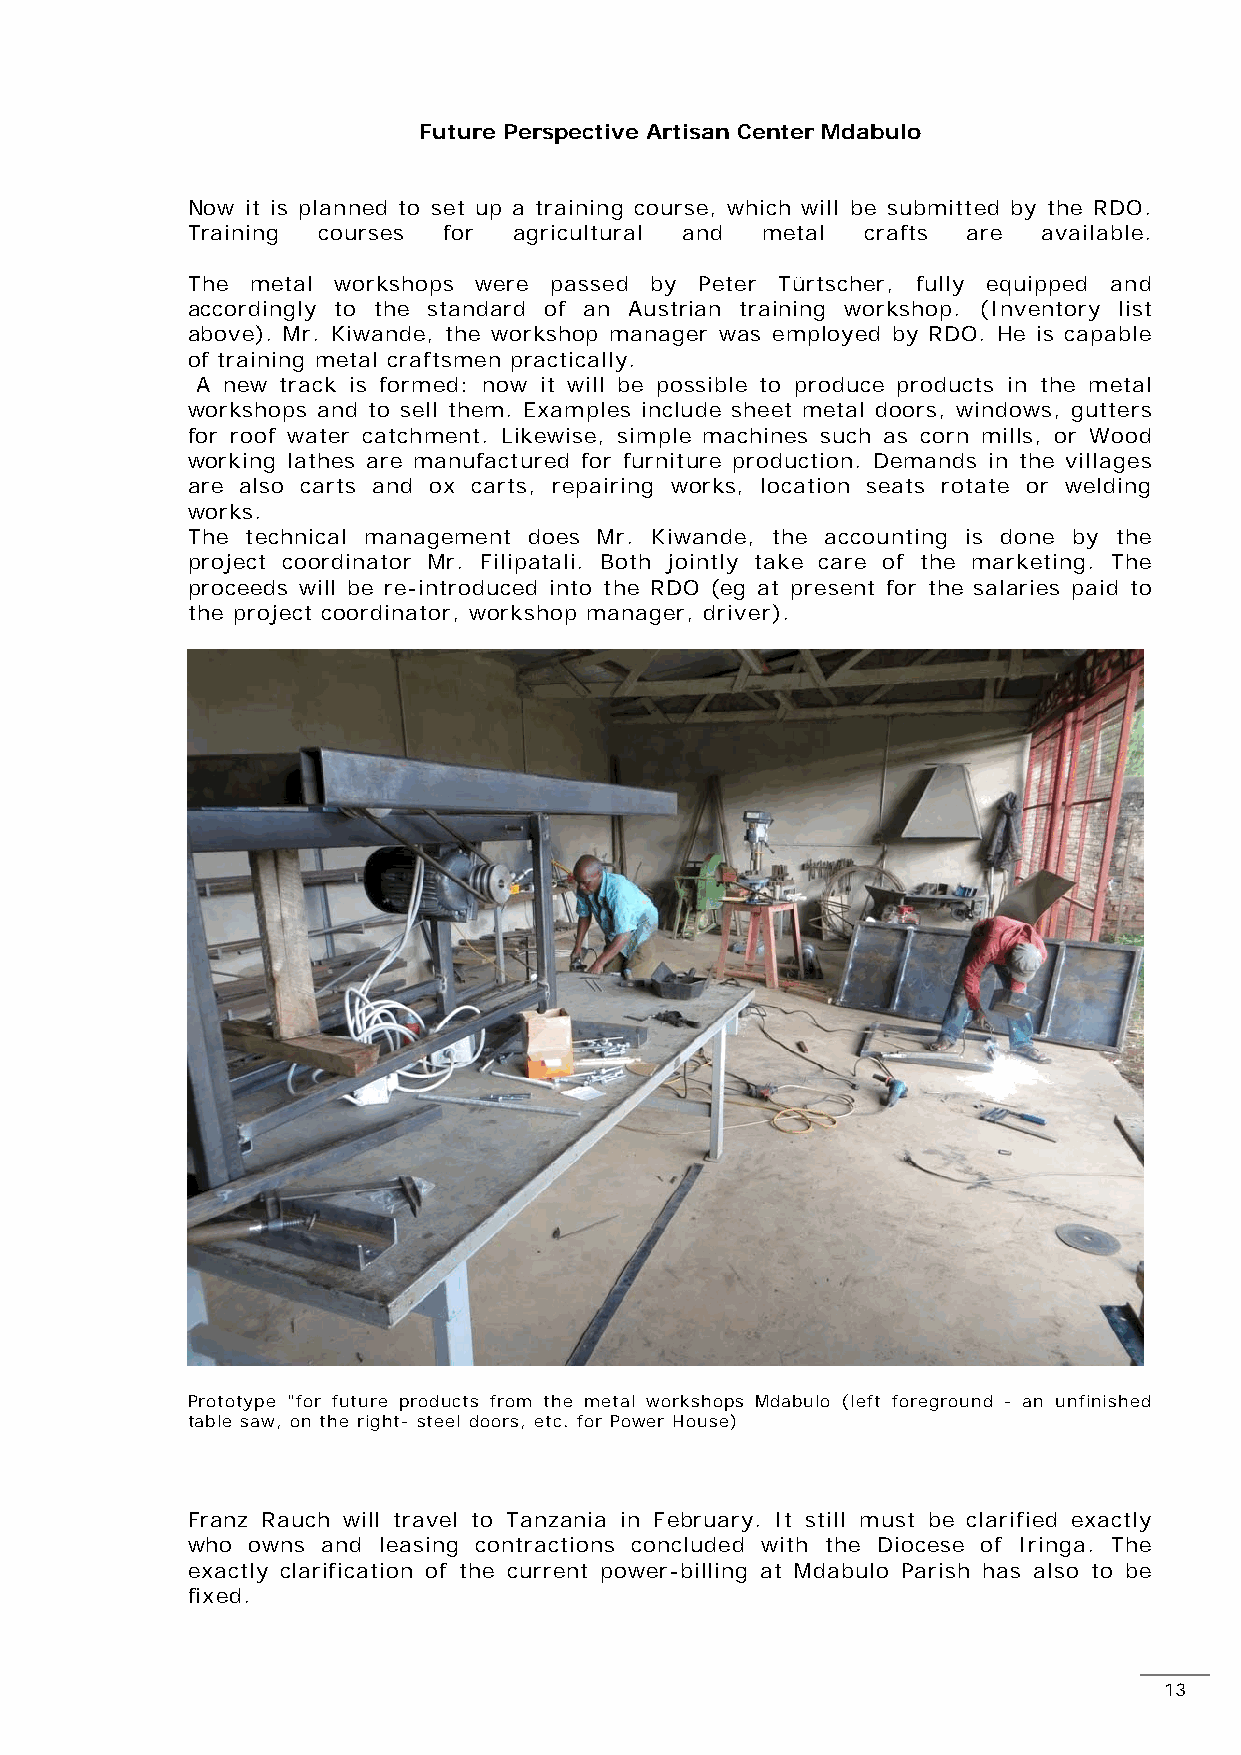
Future Perspective Artisan Center Mdabulo
 Now it is planned to set up a training course, which will be submitted by the RDO.
 Training courses for  agricultural and metal crafts are  available.
 The  metal workshops were passed by Peter Türtscher, fully equipped and
 a ccordingly to the standard of an Austrian training workshop. (Inventory list
 a bove). Mr. Kiwande, the workshop manager was employed by RDO. He is capable
 o f training metal craftsmen practically.
 A new track is formed: now it will be possible to produce products in the metal
 w orkshops and to sell them. Examples include sheet metal doors, windows, gutters
 for roof water catchment. Likewise, simple machines such as corn mills, or Wood
 working lathes are manufactured for furniture production. Demands in the villages
 are also carts and ox carts, repairing works, location seats rotate or welding
 works.
 The technical management does Mr. Kiwande, the accounting is done by the
 project coordinator Mr. Filipatali. Both jointly take care of the marketing. The
 proceeds will be re-introduced into the RDO (eg at present for the salaries paid to
 the project coordinator, workshop manager, driver).
 Prototype "for future products from the metal workshops Mdabulo (left foreground - an unfinished
 table saw, on the right- steel doors, etc. for Power House)
 Franz Rauch will travel to Tanzania in February. It still must be clarified exactly
 who owns and leasing contractions concluded with the Diocese of Iringa. The
 exactly clarification of the current power-billing at Mdabulo Parish has also to be
 fixed.
 13